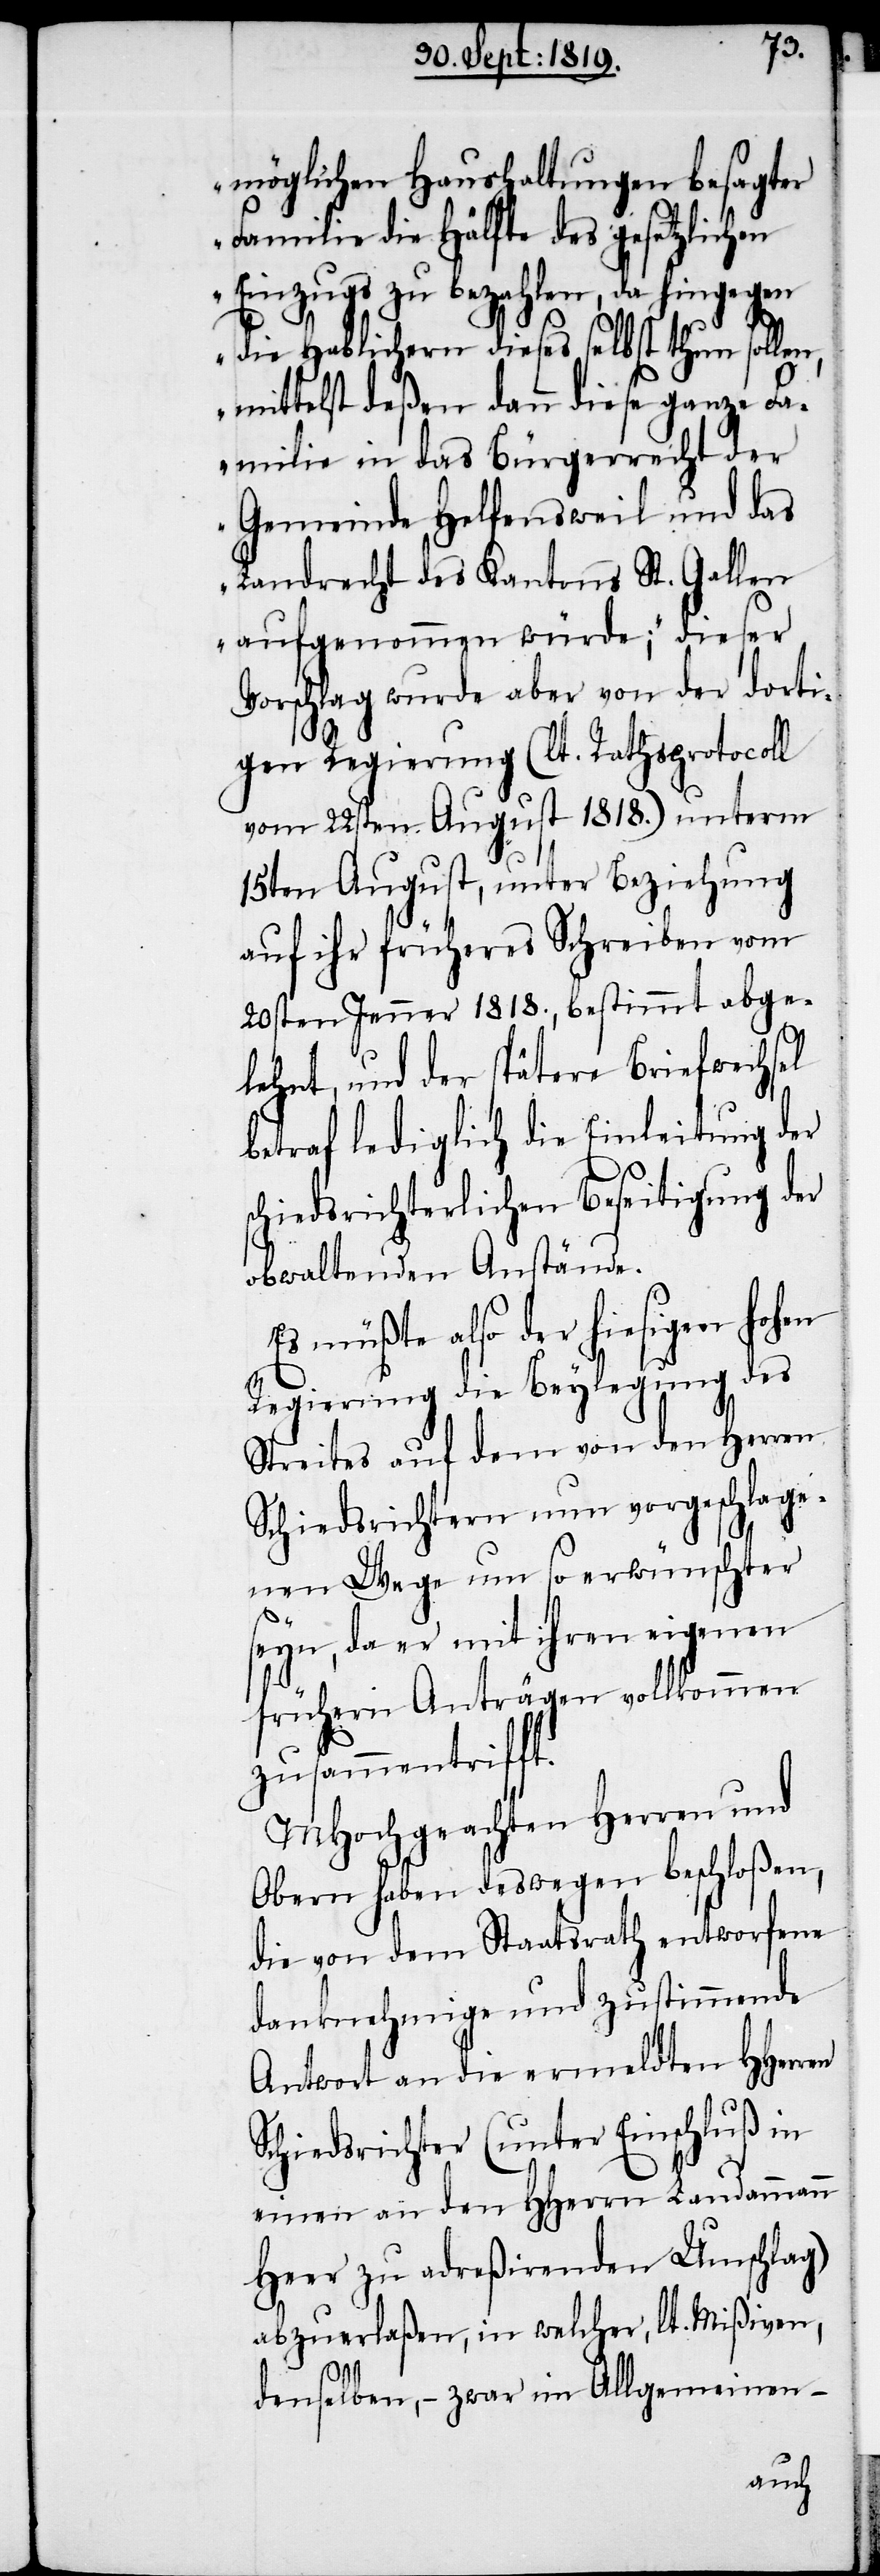
möglichen Haushaltungen besagter
n,
Familie die Hälfte des gesetzlichen
Einzugs zu bezahlen, da hingegen
die Hablichern dieses selbst thun solle¬
mittelst deßen dann diese ganze Fa¬
milie in das Bürgerrecht der
Gemeinde Helfensweil und das
Landrecht des Kantons St. Gallen
aufgenommen würde;“ dieser
Vorschlag wurde aber von der dorti¬
gen Regierung (lt. Rathsprotocoll
vom 22sten August 1818.) unterm
15ten August, unter Beziehung
auf ihr früheres Schreiben vom
20sten Jenner 1818., bestimmt abge¬
lehnt, und der spätere Briefwechsel
betraf lediglich die Einleitung der
schiedsrichterlichen Beseitigung der
obwaltenden Anstände.
Es müßte also der hiesigen hohen
Regierung die Beylegung des
Streites auf dem von den Herren
Schiedsrichtern nun vorgeschlage¬
nen Wege um so erwünschter
seyn, da er mit ihren eigenen
frühern Anträgen vollkommen
zusammentrifft.
MHochgeachten Herren und
Obern haben deswegen beschloßen,
die von dem Staatsrath entworfene
danknehmige und zustimmende
Antwort an die ermeldten HHerren
Schiedsrichter (unter Einschluß in
einen an den HHerrn Landammann
Heer zu adreßirenden Umschlag)
abzuerlaßen, in welcher, lt. Mißiven,
denselben, – zwar im Allgemeinen –